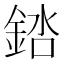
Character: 𬫠